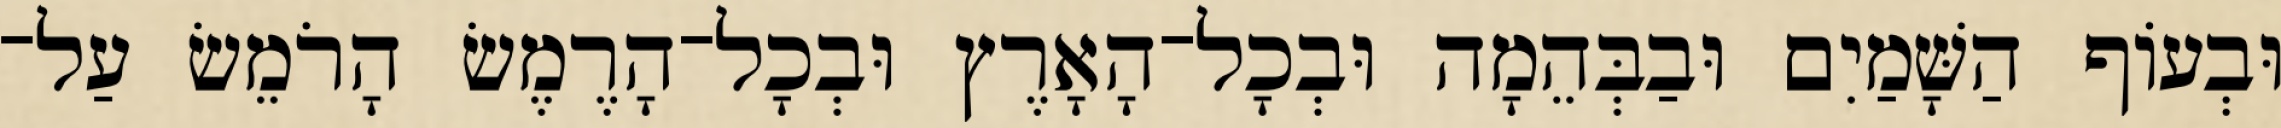
וּבְעֹוף הַשָּׁמַיִם וּבַבְּהֵמָה וּבְכָל־הָאָרֶץ וּבְכָל־הָרֶמֶשׂ הָרֹמֵשׂ עַל־